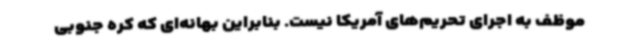
موظف به اجرای تحریم‌های آمریکا نیست. بنابراین بهانه‌ای که کره جنوبی